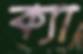
ক্যা